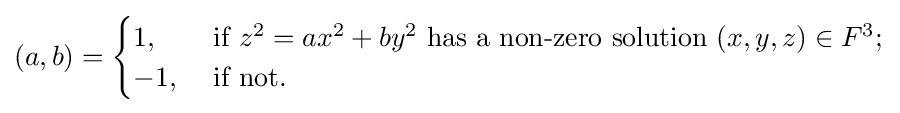
(a,b)={\begin{cases}1,&{\mbox{ if }}z^{2}=ax^{2}+by^{2}{\mbox{ has a non-zero solution }}(x,y,z)\in F^{3};\\-1,&{\mbox{ if  not.}}\end{cases}}